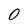
Character: 0